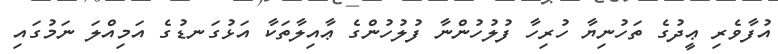
އުފާވެރި ޢީދުގެ ތަހުނިޔާ ހުރިހާ ފުލުހުންނާ ފުލުހުންގެ ޢާއިލާތަކާ އަޅުގަނޑުގެ އަމިއްލަ ނަމުގައި